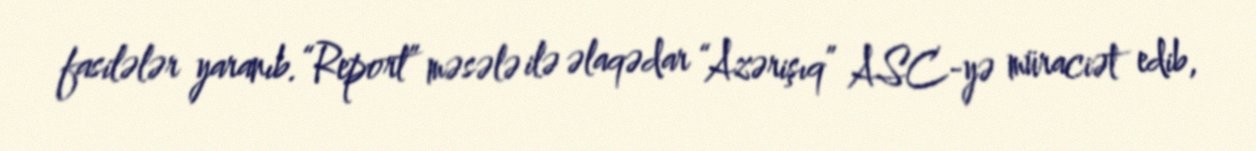
fasilələr yaranıb.“Report” məsələ ilə əlaqədar “Azərişıq” ASC-yə müraciət edib,